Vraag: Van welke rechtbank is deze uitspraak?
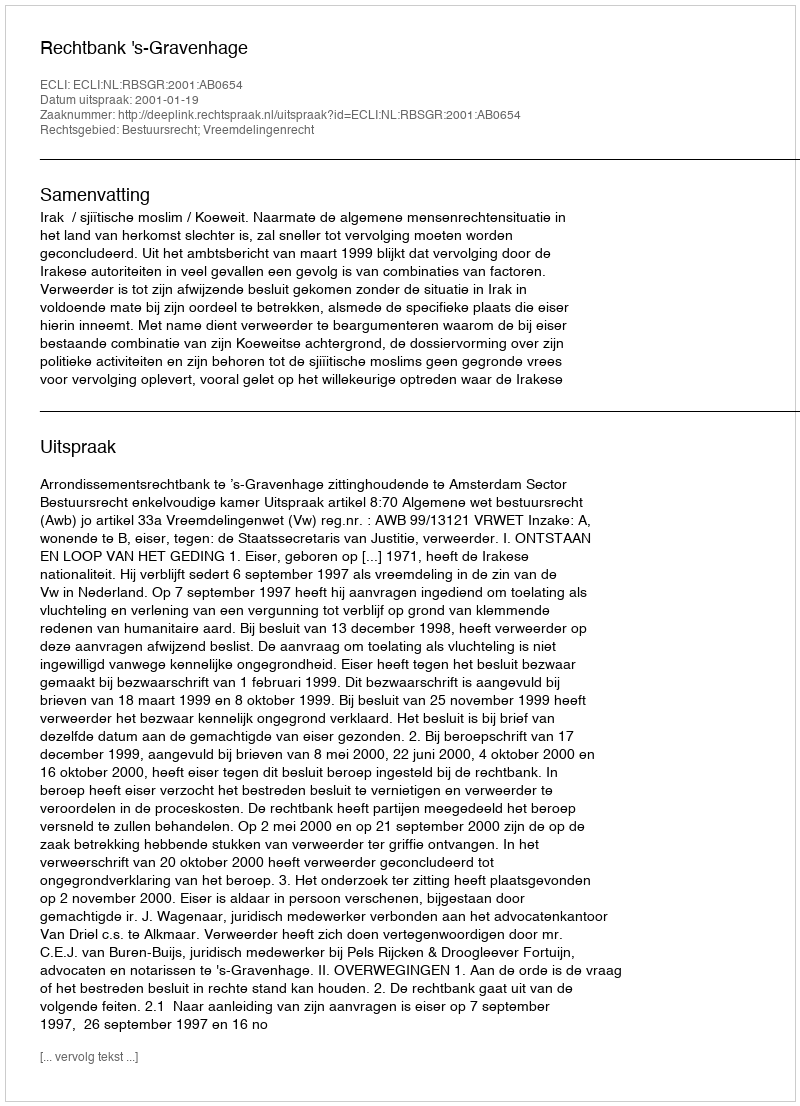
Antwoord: Rechtbank 's-Gravenhage